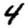
Digit: 4